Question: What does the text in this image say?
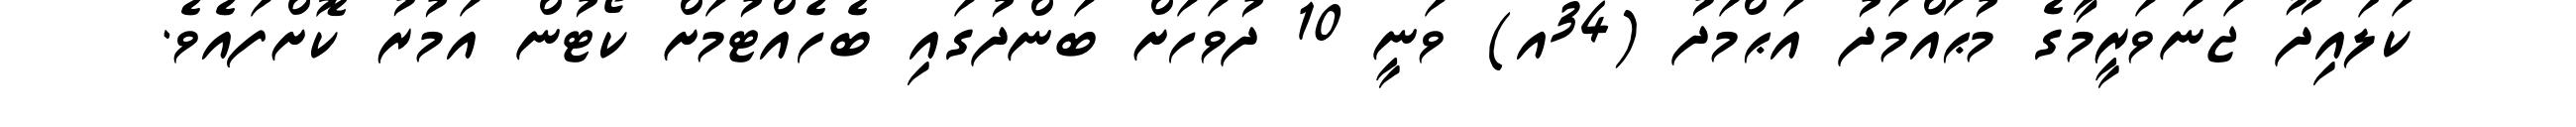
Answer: ކަލައިދޫ ޖަނަވަރީމާގެ މުޙައްމަދު އަޙްމަދު (34އ) ވަނީ 10 ދުވަހަށް ބަންދުގައި ބެހެއްޓުމަށް ކޯޓުން އަމުރު ކޮށްފައެވެ.